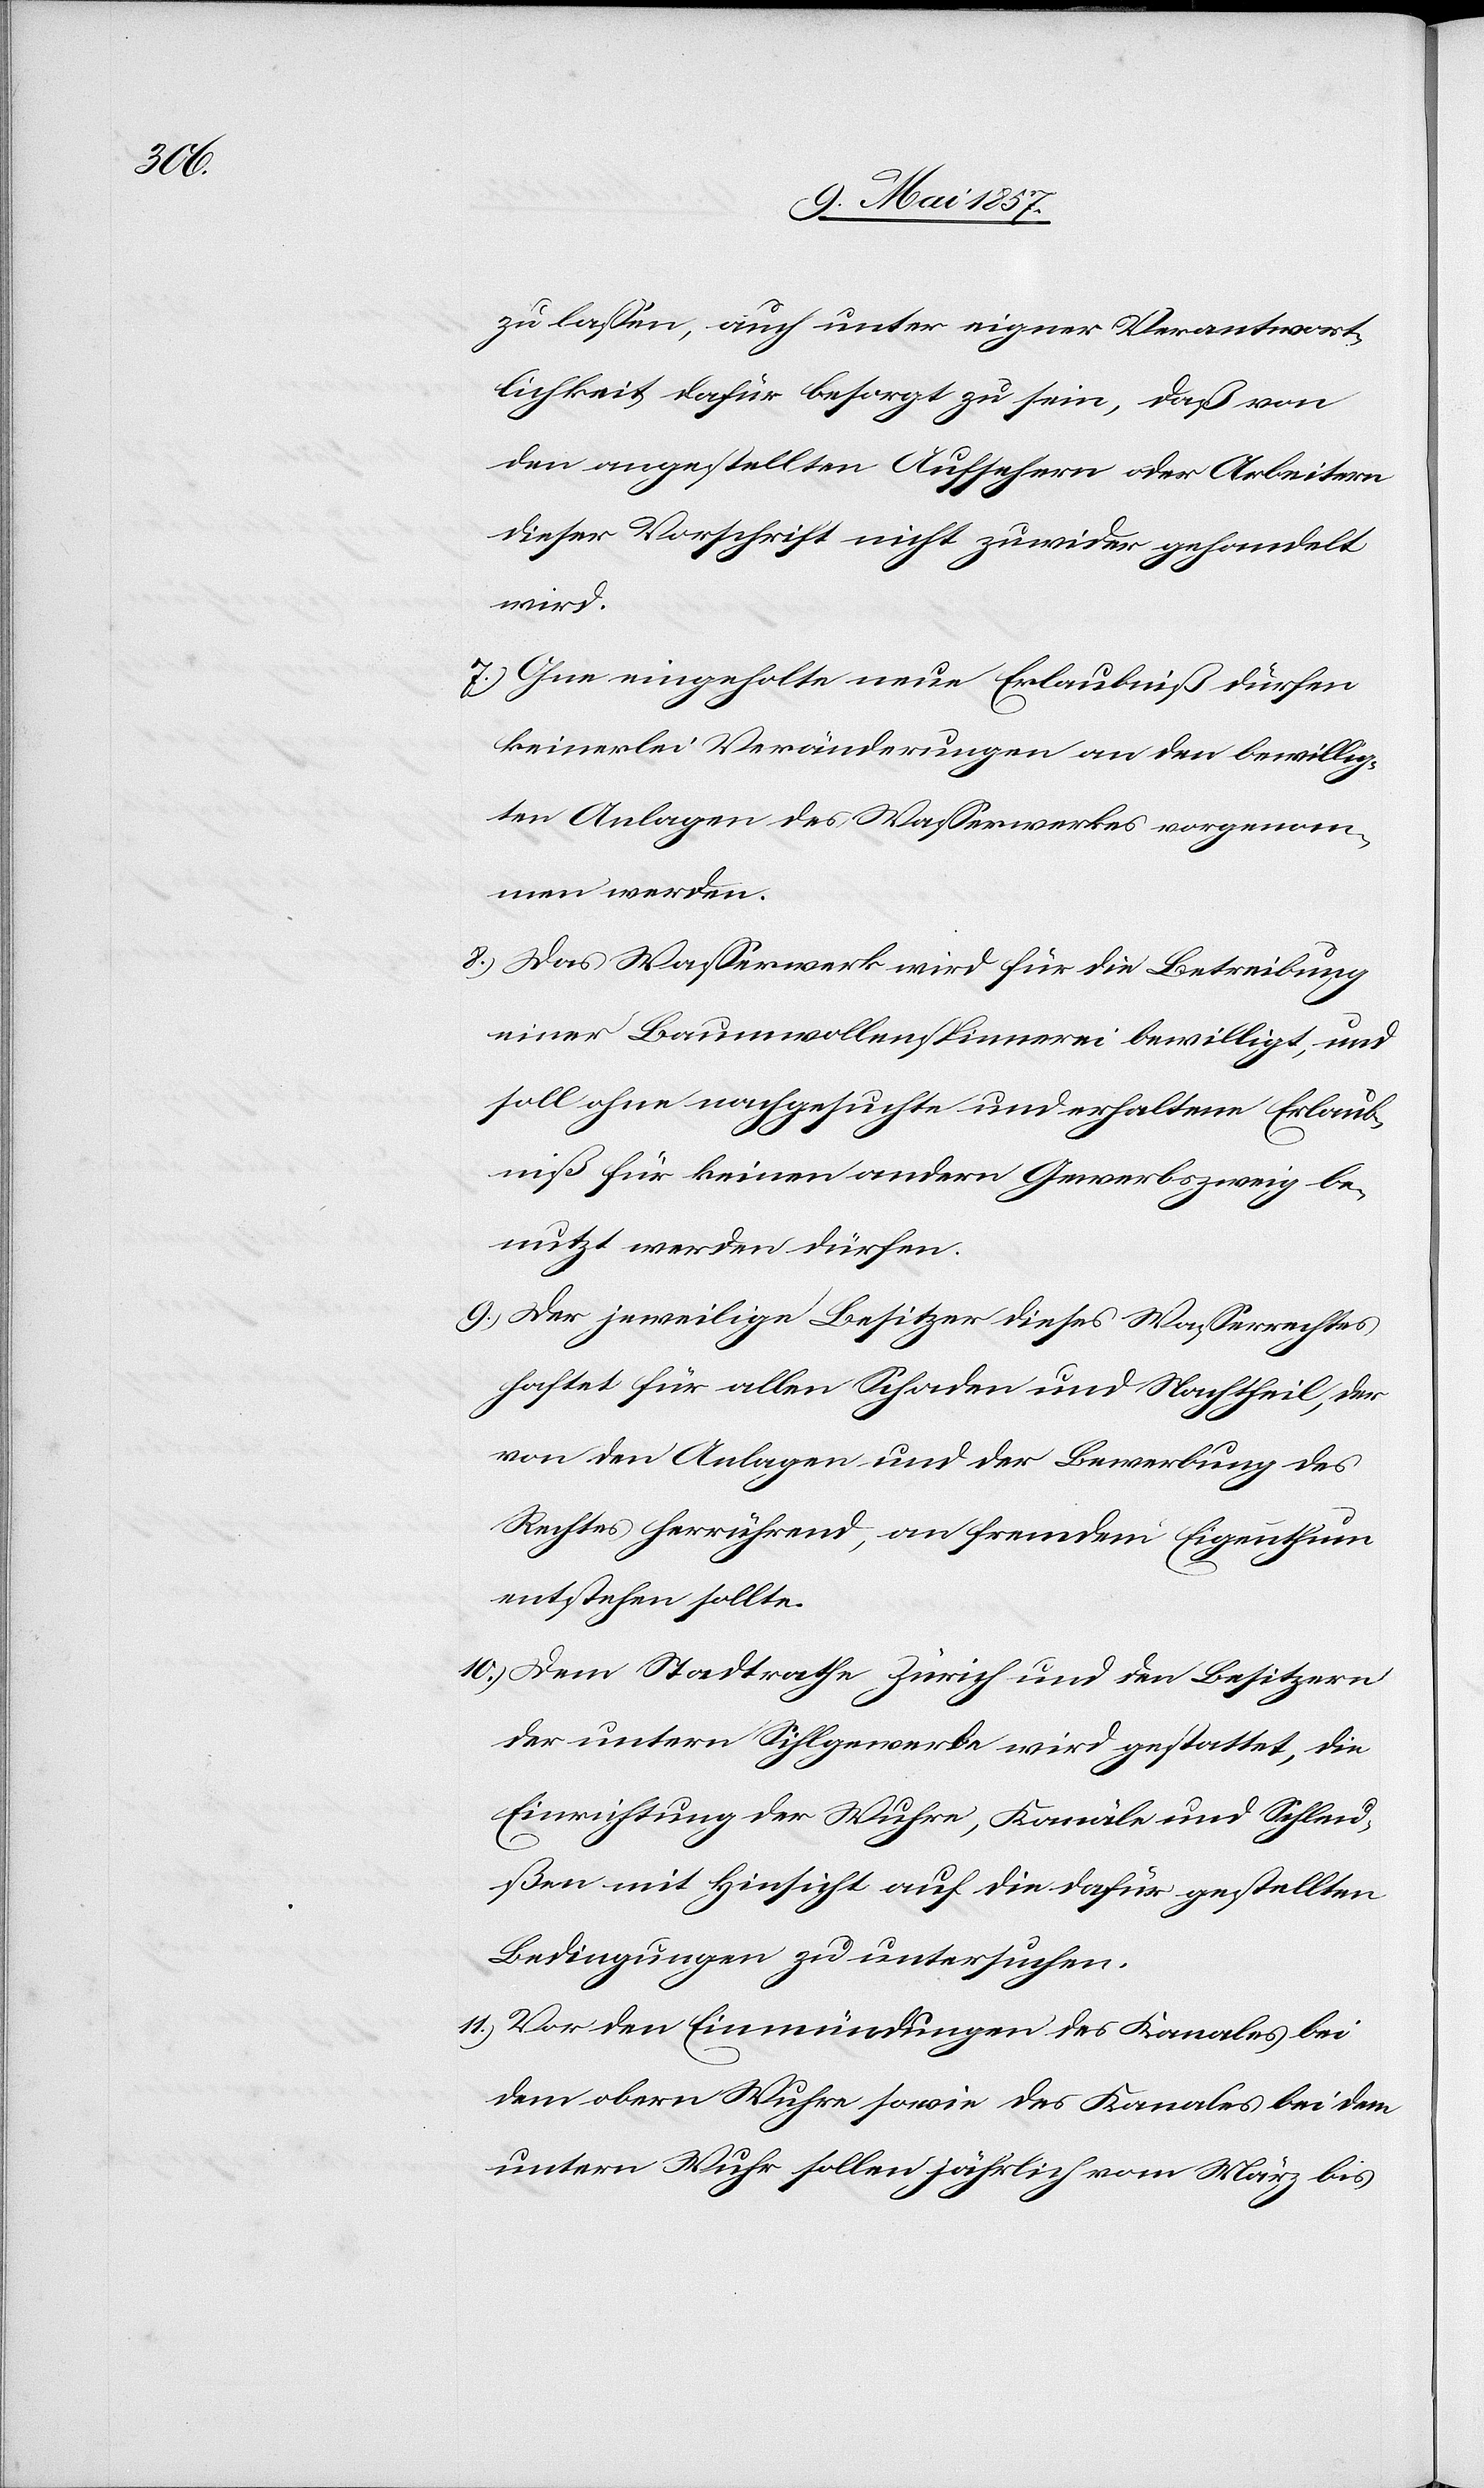
zu lassen, auch unter eigener Verantwort¬
lichkeit dafür besorgt zu sein, daß von
den angestellten Aufsehern oder Arbeitern
dieser Vorschrift nicht zuwider gehandelt
wird.
7.) Ohne eingeholte neue Erlaubniß dürfen
keinerlei Veränderungen an den bewillig¬
ten Anlagen des Wasserwerkes vorgenom¬
men werden.
8.) Das Wasserwerk wird für die Betreibung
einer Baumwollenspinnerei bewilligt, und
soll ohne nachgesuchte und erhaltene Erlaub¬
niß für keinen andern Gewerbszweig be¬
nutzt werden dürfen.
9.) Der jeweilige Besitzer dieses Wasserrechtes
haftet für allen Schaden und Nachtheil, der
von den Anlagen und der Bewerbung des
Rechtes herrührend, an fremdem Eigenthum
entstehen sollte.
10.) Dem Stadtrathe Zürich und den Besitzern
der untern Sihlgewerbe wird gestattet, die
Einrichtung der Wuhre, Kanäle und Schleu¬
ßen mit Hinsicht auf die dafür gestellten
Bedingungen zu untersuchen.
11.) Vor den Einmündungen des Kanales bei
dem obern Wuhre sowie des Kanales bei dem
untern Wuhr sollen alljährlich vom März bis